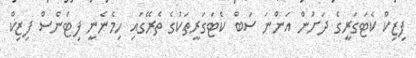
ފިޒިކް ކެޓަގަރީގެ ދަށުން އަންނަ ސަބް ކެޓަގަރީތަކުގެ ތެރޭގައި ހިމެނެނީ ފިޓްނެސް ފިޒިކް